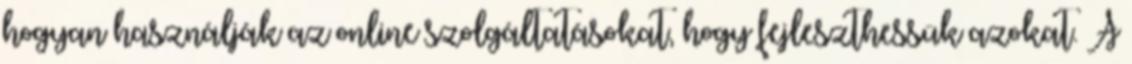
hogyan használják az online szolgáltatásokat, hogy fejleszthessük azokat. A